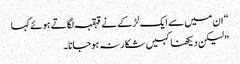
“ ان میں سے ایک لڑکے نے قہقہہ لگاتے ہوئے کہا
” لیکن دیکھنا کہیں شکار نہ ہوجانا۔